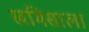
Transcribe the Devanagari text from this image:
खमिसाला